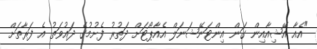
"އެއާ އޭޝިއާއިން ގަން އިންޓަނޭޝަނަލް އެއާޕޯޓަށް ދަތުރު ފެށުމުގެ ދައުވަތު އެ ފަރާތަށް